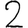
Digit: 2